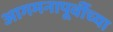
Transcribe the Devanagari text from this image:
आगमनापूर्वीच्या